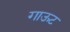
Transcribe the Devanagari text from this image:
गाऊट